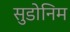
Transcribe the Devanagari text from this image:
सुडोनिम